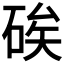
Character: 𥒲